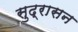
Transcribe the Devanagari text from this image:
सुद्रासन